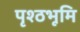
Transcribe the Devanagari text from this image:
पृश्ठभूमि